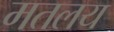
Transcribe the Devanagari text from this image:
मतलय